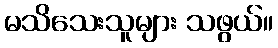
မသိသေးသူများ သဖွယ်။